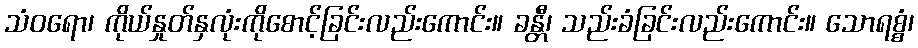
သံဝရော၊ ကိုယ်နှုတ်နှလုံးကိုစောင့်ခြင်းလည်းကောင်း။ ခန္တီ၊ သည်းခံခြင်းလည်းကောင်း။ သောရစ္စံ၊